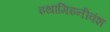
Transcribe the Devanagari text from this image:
इथामिइनीवंश